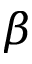
\beta